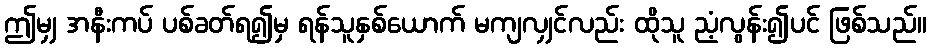
ဤမျှ အနီးကပ် ပစ်ခတ်ရ၍မှ ရန်သူနှစ်ယောက် မကျလျှင်လည်း ထိုသူ ညံ့လွန်း၍ပင် ဖြစ်သည်။